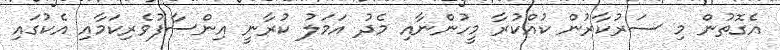
އެގޮތުން މި ސަރުކާރުން ކުއްކުރާ މީހުންނާއި މެދު އަމަލު ކުރާނީ އިންސާފުވެރިކަމާއި އެކުގައި